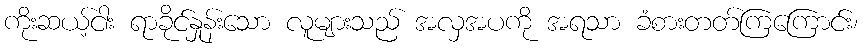
ကိုးဆယ့်ငါး ရာခိုင်နှုန်းသော လူများသည် အလှအပကို အရသာ ခံစားတတ်ကြကြောင်း၊